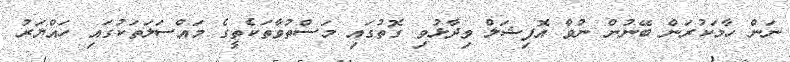
ނަން ހާމަކުރަން ބޭނުން ނުވާ އޮފިޝަލް ވިދާޅުވި ގޮތުގައި މަސްތުވާތަކެތީގެ މައްސަލަތަކުގައި ހައްޔަރު